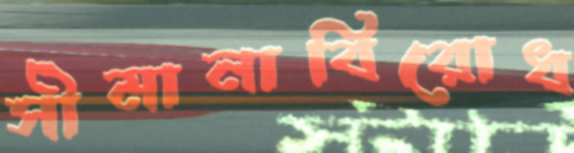
সীমানাবিরোধ